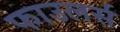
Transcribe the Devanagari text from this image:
फाउलर्स